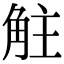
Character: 𧣓